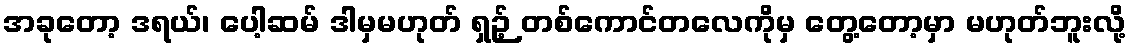
အခုတော့ ဒရယ်၊ ပေါ့ဆမ် ဒါမှမဟုတ် ရှဉ့် တစ်ကောင်တလေကိုမှ တွေ့တော့မှာ မဟုတ်ဘူးလို့